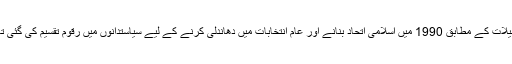
تفصیلات کے مطابق 1990 میں اسلامی اتحاد بنانے اور عام انتخابات میں دھاندلی کرنے کے لیے سیاستدانوں میں رقوم تقسیم کی گئی تھیں۔